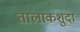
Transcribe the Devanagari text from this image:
तालाकशुदा